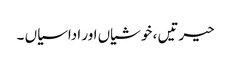
حیرتیں ، خوشیاں اور اداسیاں ۔